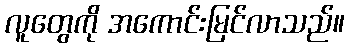
လူတွေကို အကောင်းမြင်လာသည်။